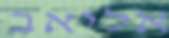
אליאב